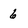
Character: 6